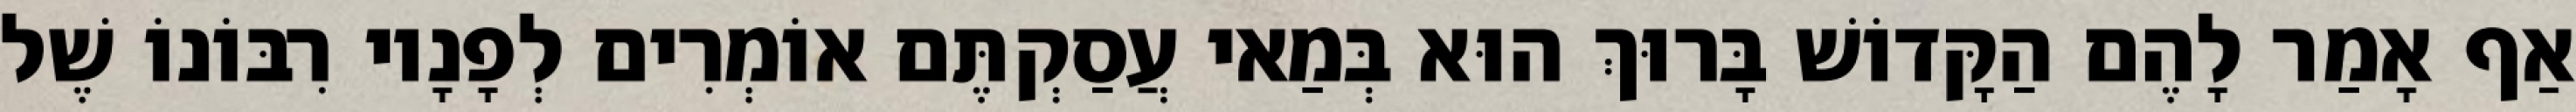
אַף אָמַר לָהֶם הַקָּדוֹשׁ בָּרוּךְ הוּא בְּמַאי עֲסַקְתֶּם אוֹמְרִים לְפָנָיו רִבּוֹנוֹ שֶׁל